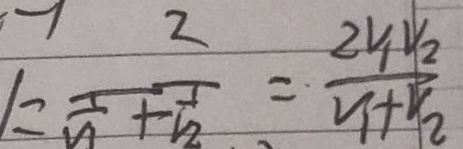
1 = \frac { 2 } { \frac { 1 } { V _ { 1 } } + \frac { 1 } { V _ { 2 } } } = \frac { 2 V _ { 1 } V _ { 2 } } { V _ { 1 } + v _ { 2 } }